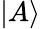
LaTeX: |A\rangle